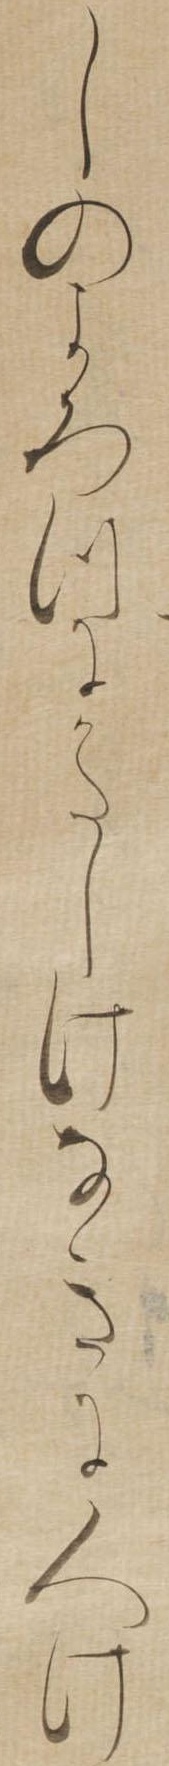
しのよろつにかたしけなきに人け